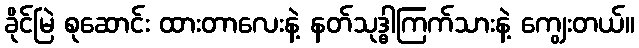
ခိုင်မြဲ စုဆောင်း ထားတာလေးနဲ့ နတ်သုဒ္ဓါကြက်သားနဲ့ ကျွေးတယ်။